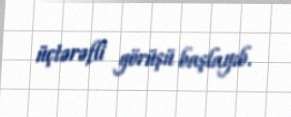
üçtərəfli görüşü başlayıb.